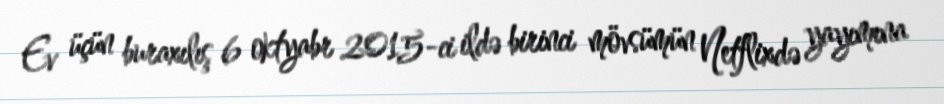
Ev üçün buraxılış 6 oktyabr 2015-ci ildə birinci mövsümün Netflixdə yayımına